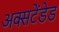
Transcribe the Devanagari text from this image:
अक्सटेंडेड